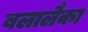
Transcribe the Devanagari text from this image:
बलालैका